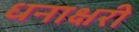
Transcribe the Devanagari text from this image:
धनाक्षरी